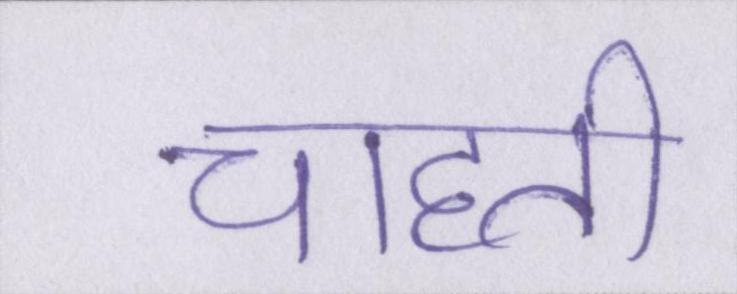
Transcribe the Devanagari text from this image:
चाहती